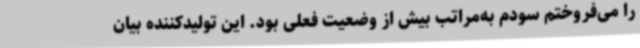
را می‌فروختم سودم به‌مراتب بیش از وضعیت فعلی بود. این تولیدکننده بیان